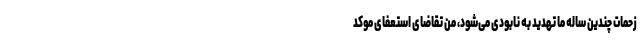
زحمات چندین ساله ما تهدید به نابودی می‌شود، من تقاضای استعفای موکد